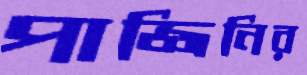
পাজ্জিনির